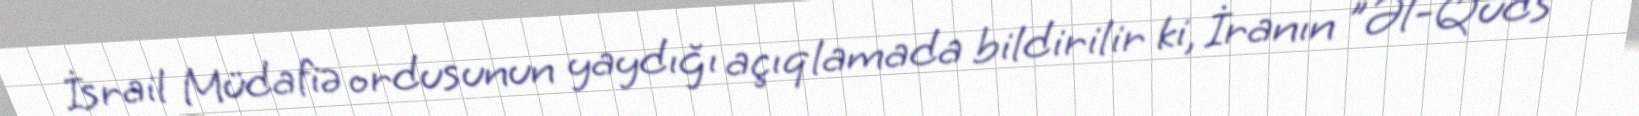
İsrail Müdafiə ordusunun yaydığı açıqlamada bildirilir ki, İranın "Əl-Qüds"